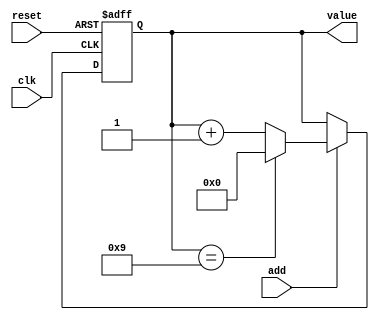
`timescale 1ns / 1ps
//////////////////////////////////////////////////////////////////////////////////
// Company: 
// Engineer: 
// 
// Design Name: 
// Module Name:    counter 
// Project Name: 
// Target Devices: 
// Tool versions: 
// Description: 
//
// Dependencies: 
//
// Revision: 
// Revision 0.01 - File Created
// Additional Comments: 
//
//////////////////////////////////////////////////////////////////////////////////
module counter	
	#(
		parameter N=4, // number of bits in counter
					 M=10 // mod-M
	)
	(
		input wire clk, add, reset,
		output wire[N-1:0]value
    );

	reg [N-1:0] counter;
	wire [N-1:0] counter_next;

	always @(posedge clk, posedge reset)
		if (reset)
			counter <= 0;
		else
			counter <= counter_next;
			
	assign counter_next = add ?
		((counter == (M-1)) ? 0 : counter + 1) : counter;
		
	assign value = counter;
	
endmodule